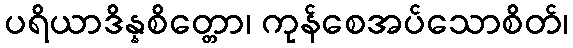
ပရိယာဒိန္နစိတ္တော၊ ကုန်စေအပ်သောစိတ်၊